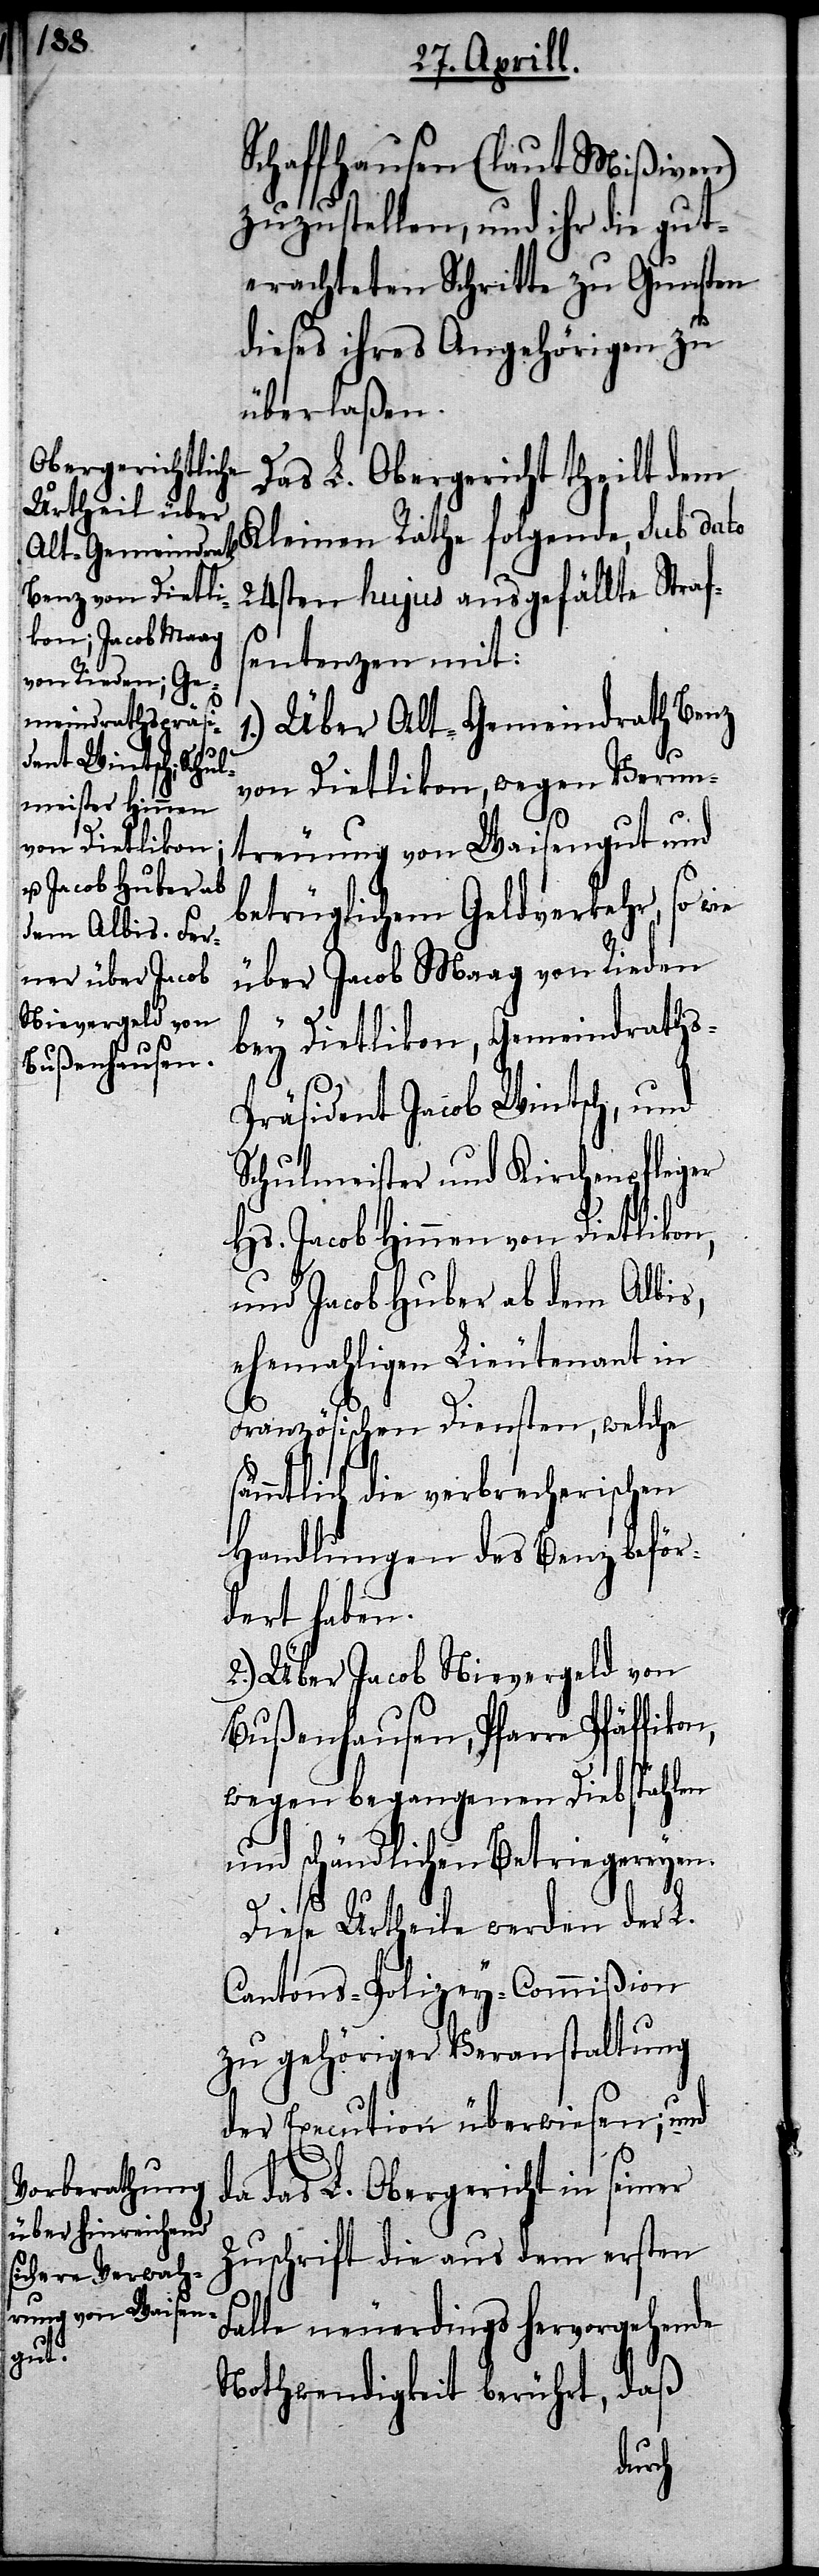
Schaffhausen (laut Mißiven)
zuzustellen, und ihr die gut¬
erachteten Schritten zu Gunsten
dieses ihre Angehörigen zu
überlaßen.
Das L. Obergericht theilt dem
Kleinen Rathe folgende, sub dato
25sten hujus ausgefällte Straf¬
sentenzen mit:
1.) Über Alt-Gemeindrath Benz
von Dietlikon, wegen Verun¬
treuung von Waisengut und
betrüglichen Geldverkehr, so wie
über Jacob Maag von Rieden
bey Dietlikon, Gemeindraths-P¬
räsident Jacob Wintsch, und
Schulmeister und Kirchenpfleger
Hs. Jacob Hinnen von Dietlikon,
und Jacob Huber ab dem Albis,
ehemahligen Lieutenant in
Französischen Diensten, welche
ämmtlich die verbrecherischen
Handlungen des Benz beför¬
dert haben.
2.) Über Jacob Nievergeld von
Bußenhausen, Pfarre Pfäffi¬
wegen begangenen Diebstählen
und schändlichen Betriegereyen.
s¬
Diese Urtheile werden der L.
Cantons-Polizey-Commißion
zu gehöriger Veranstaltung
der Execution überwiesen;
da das L. Obergericht in seiner
Zuschrift die aus dem ersten
Falle neuerdings hervorgehende
daß
Nothwendigkeit berührt,
kon,